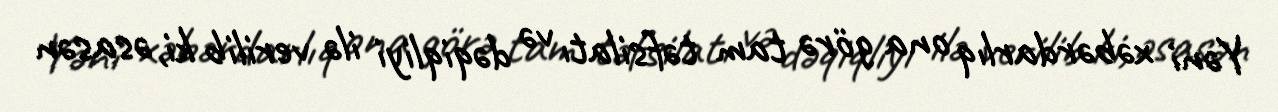
Yəni xəbərdarlıq ona görə tam təfsilatı və dəqiqliyi ilə verilib ki, əsasən